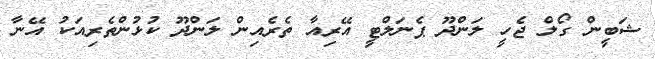
ޝަބީން ގޯލް ޖެހީ ލަންދޫ ޕެނަލްޓީ އޭރިއާ ތެރެއިން ލަންދޫ ކުޅުންތެރިއަކު އޭނާ